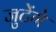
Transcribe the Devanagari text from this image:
जुटेंगे